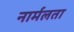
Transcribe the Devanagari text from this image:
नार्मलता